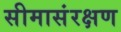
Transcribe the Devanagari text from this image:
सीमासंरक्षण